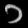
Digit: ၁